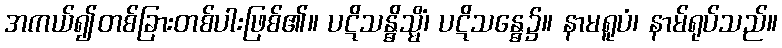
အကယ်၍တစ်ခြားတစ်ပါးဖြစ်၏။ ပဋိသန္ဓိသ္မိံ၊ ပဋိသန္ဓေ၌။ နာမရူပံ၊ နာမ်ရုပ်သည်။